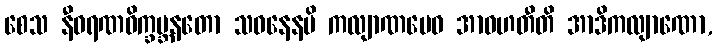
စေသ နီဝရဏဝိက္ခမ္ဘနတော သဝနေနပိ ကလျာဏမေဝ အာဝဟတီတိ အာဒိကလျာဏော,